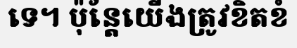
ទេ។ ប៉ុន្តែយើងត្រូវខិតខំ